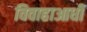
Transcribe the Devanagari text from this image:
विवाहाआधी